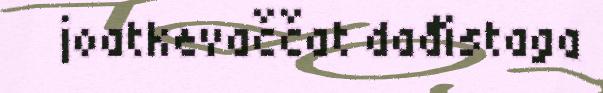
joatkevaččat dađistaga